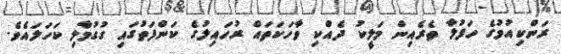
ރަންކިއުމުގެ ހަފުލާ ތެރެއިން މަލީކު ދެއްކި ވާހަކަތައް ރުހައިލުގެ ކަންފަތުގައި ގުގުމާލި ކަހަލައެވެ.